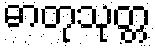
ဓာတုသုတ္တ